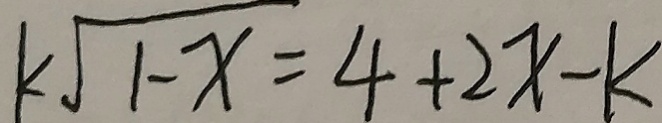
k \sqrt { 1 - x } = 4 + 2 x - k